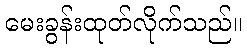
မေးခွန်းထုတ်လိုက်သည်။